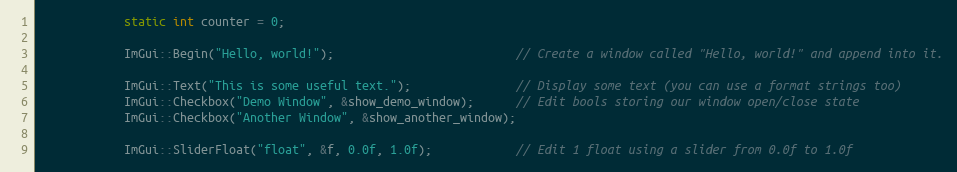
Language: C++
            static int counter = 0;

            ImGui::Begin("Hello, world!");                          // Create a window called "Hello, world!" and append into it.

            ImGui::Text("This is some useful text.");               // Display some text (you can use a format strings too)
            ImGui::Checkbox("Demo Window", &show_demo_window);      // Edit bools storing our window open/close state
            ImGui::Checkbox("Another Window", &show_another_window);

            ImGui::SliderFloat("float", &f, 0.0f, 1.0f);            // Edit 1 float using a slider from 0.0f to 1.0f